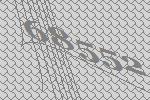
68552